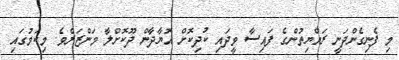
މި ފެނިގެންދަނީ ރައްޔިތުންގެ ފައިސާ ވީދައި ކުދިކޮށް އޮޔާދާން ދޫކޮށްލާ މަންޒަރެވެ. މިކަމުގައި